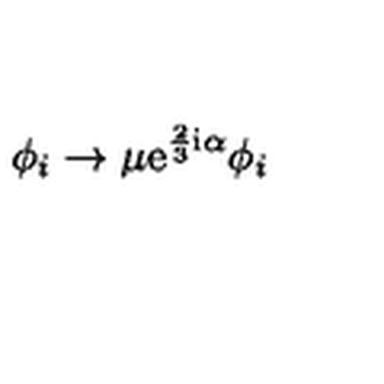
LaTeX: \phi _ { i } \rightarrow \mu \mathrm { e } ^ { \frac { 2 } { 3 } \mathrm { i } \alpha } \phi _ { i }